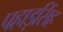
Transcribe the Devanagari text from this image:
पहाड़सिंह